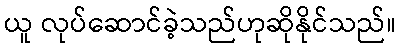
ယူ လုပ်ဆောင်ခဲ့သည်ဟုဆိုနိုင်သည်။